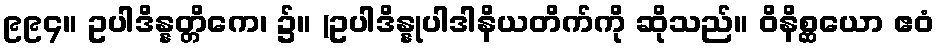
၉၉၄။ ဥပါဒိန္နတ္တိကေ၊ ၌။ (ဥပါဒိန္နုပါဒါနိယတိက်ကို ဆိုသည်။ ဝိနိစ္ဆယော ဧဝံ